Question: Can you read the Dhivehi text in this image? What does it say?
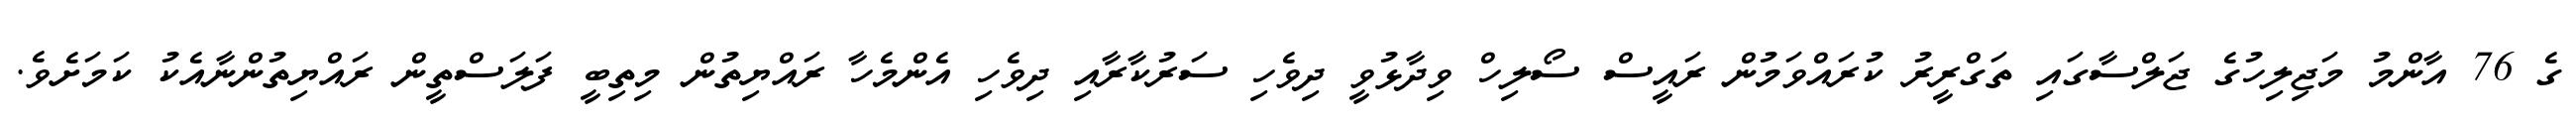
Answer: ގެ 76 އާންމު މަޖިލިހުގެ ޖަލްސާގައި ތަގްރީރު ކުރައްވަމުން ރައީސް ސޯލިހް ވިދާޅުވީ ދިވެހި ސަރުކާރާއި ދިވެހި އެންމެހާ ރައްޔިތުން މިތިބީ ފަލަސްތީން ރައްޔިތުންނާއެކު ކަމަށެވެ.